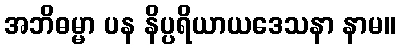
အဘိဓမ္မာ ပန နိပ္ပရိယာယဒေသနာ နာမ။